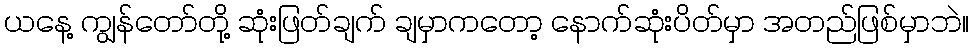
ယနေ့ ကျွန်တော်တို့ ဆုံးဖြတ်ချက် ချမှာကတော့ နောက်ဆုံးပိတ်မှာ အတည်ဖြစ်မှာဘဲ။